Annual administration report of the Bombay Presidency - 1887-1892
Year: 1887
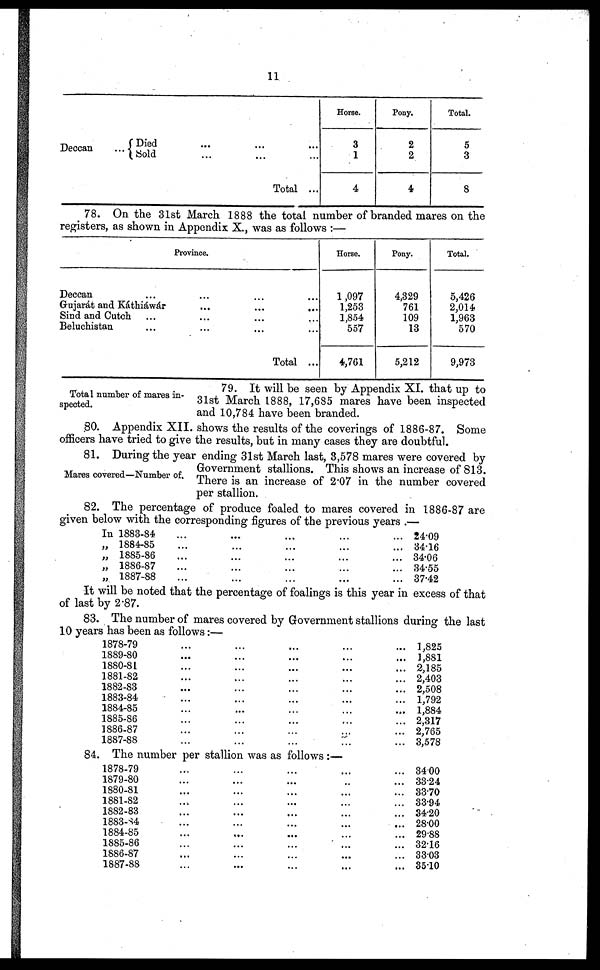
11
Deccan
Died... ... ...
Sold...
...
...
Total ...
Horse.
3
1
4
Pony.
2
2
4
Total.
5
3
8
78. On the 31st March 1888 the total number of branded mares on the
registers, as shown in Appendix X., was as follows :—
Province.
Deccan ... .. . ... ...
Gujarát and Káthiáwár ... ... ...
Sind and Cutch ... ... ... ...
Beluchistan ... ... ... ...
Total ...
Horse.
1,097
1,253
1,854
557
4,761
Pony.
4,329
761
109
13
5,212
Total.
5,426
2,014
1,963
570
9,973
Total number of mares in-
spected.
79. It will be seen by Appendix XI. that up to
31st March 1888, 17,685 mares have been inspected
and 10,784 have been branded.
80. Appendix XII. shows the results of the coverings of 1886-87. Some
officers have tried to give the results, but in many cases they are doubtful.
Mares covered—Number of.
81. During the year ending 31st March last, 3,578 mares were covered by
Government stallions. This shows an increase of 813.
There is an increase of 2.07 in the number covered
per stallion.
82. The percentage of produce foaled to mares covered in 1886-87 are
given below with the corresponding figures of the previous years .—
In 1883-84 ... ... ... ... ...
„ 1884-85 ... ... ... ... ...
„ 1885-86 ... ... ... ... ...
„ 1886-87 ... ... ... ... ...
„ 1887-88 ... ... ... ... ...
24.09
34.16
34.06
34.55
37.42
It will be noted that the percentage of foalings is this year in excess of that
of last by 2.87.
83. The number of mares covered by Government stallions during the last
10 years has been as follows:—
1878-79 ... ... ... ... ...
1889-80 ... ... ... ... ...
1880-81 ... ... ... ... ...
1881-82 ... ... ... ... ...
1882-83 ... ... ... ... ...
1883-84 ... ... ... ... ...
1884-85 ... ... ... ... ...
1885-86 ... ... ... ... ...
1886-87 ... ... ... ... ...
1887-88 ... ... ... ... ...
1,825
1,881
2,185
2,403
2,508
1,792
1,884
2,317
2,765
3,578
84. The number per stallion was as follows :—
1878-79 ... ... ... ... ...
1879-80 ... ... ... ... ...
1880-81 ... ... ... ... ...
1881-82 ... ... ... ... ...
1882-83 ... ... ... ... ...
1883-84 ... ... ... ... ...
1884-85 ... ... ... ... ...
1885-86 ... ... ... ... ...
1886-87 ... ... ... ... ...
1887-88 ... ... ... ... ...
34.00
33.24
33.70
33.94
34.20
28.00
29.88
32.16
33.03
35.10